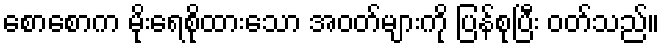
စောစောက မိုးရေစိုထားသော အဝတ်များကို ပြန်စုပြီး ဝတ်သည်။